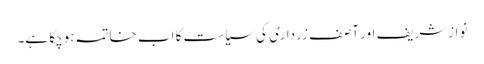
نوازشریف اور آصف زرداری کی سیاست کا اب خاتمہ ہوچکا ہے۔